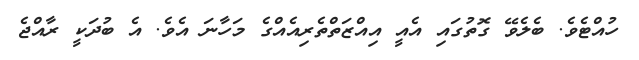
ހުއްޓެވެ. ބެލެވޭ ގޮތުގައި އެއީ އިއްޒަތްތެރިއެއްގެ މަހާނަ އެވެ. އެ ބުދަކީ ރާއްޖެ